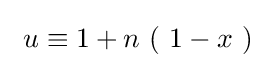
\ u\equiv 1+n\ (\ 1-x\ )\